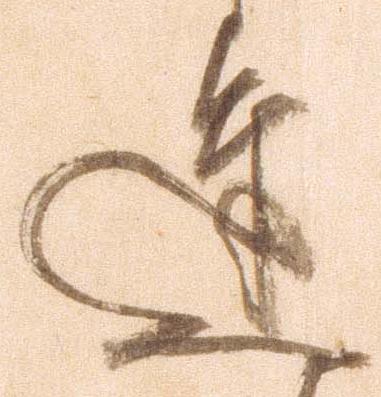
達